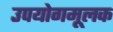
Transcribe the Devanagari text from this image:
उपयोगमूलक